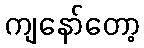
ကျနော်တော့